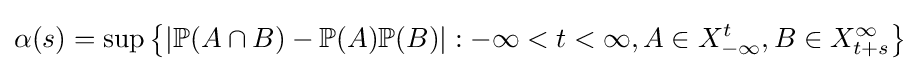
\alpha (s)=\sup \left\{|\mathbb {P} (A\cap B)-\mathbb {P} (A)\mathbb {P} (B)|:-\infty <t<\infty ,A\in X_{-\infty }^{t},B\in X_{t+s}^{\infty }\right\}